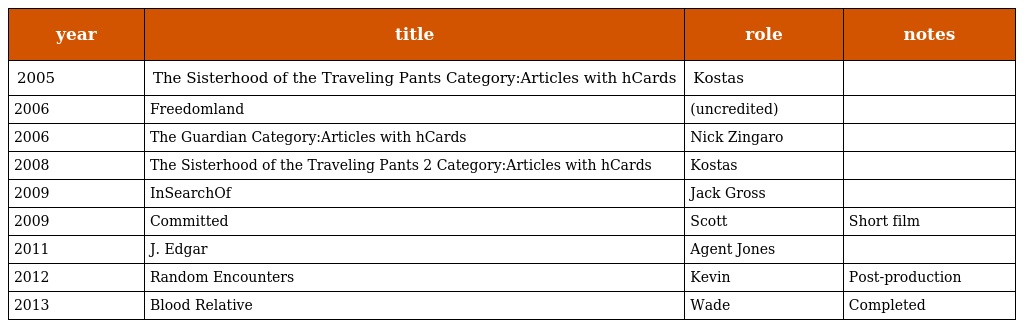
| year | title | role | notes |
 | --- | --- | --- | --- |
 | 2005 | The Sisterhood of the Traveling Pants Category:Articles with hCards | Kostas |  |
 | 2006 | Freedomland | (uncredited) |  |
 | 2006 | The Guardian Category:Articles with hCards | Nick Zingaro |  |
 | 2008 | The Sisterhood of the Traveling Pants 2 Category:Articles with hCards | Kostas |  |
 | 2009 | InSearchOf | Jack Gross |  |
 | 2009 | Committed | Scott | Short film |
 | 2011 | J. Edgar | Agent Jones |  |
 | 2012 | Random Encounters | Kevin | Post-production |
 | 2013 | Blood Relative | Wade | Completed |